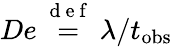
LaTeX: De\stackrel{\mathrm{~d~e~f~}}{=}\lambda/t_{\mathrm{obs}}